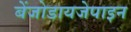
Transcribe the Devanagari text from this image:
बेंजोडायजेपाइन